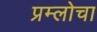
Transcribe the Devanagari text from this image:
प्रम्लोचा